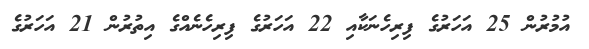
އުމުރުން 25 އަހަރުގެ ފިރިހެނަކާއި 22 އަހަރުގެ ފިރިހެނެއްގެ އިތުރުން 21 އަހަރުގެ